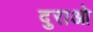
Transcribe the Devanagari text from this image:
दुराओ